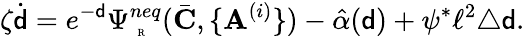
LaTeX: \zeta\dot{{\mathsf{d}}}=e^{-{\mathsf{d}}}\Psi_{\mathrm{~\tiny~R~}}^{neq}(\bar{\mathbf{C}},\{ \mathbf{A}^{(i)}\} )-\hat{\alpha}({\mathsf{d}})+\psi^{*}\ell^{2}\triangle{\mathsf{d}}.